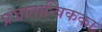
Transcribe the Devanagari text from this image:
प्रजातान्त्रिकका